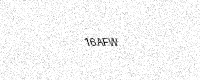
Text: 16AFW